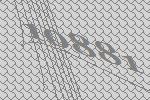
10881